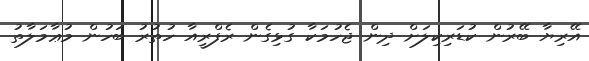
އޭރިޔާ ބޭރުން ކުޑަރިކިލަށް ދިން ޖެހުމަކާ ގުޅިގެން ރެފްރީއާ ހުތުރު ބަހުން މުޢާމަލާތު